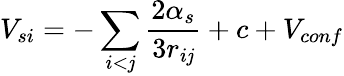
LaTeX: V_{si}=-\sum_{i<\mathit{j}}{\frac{{2\alpha_{s}}}{{3r_{i\mathit{j}}}}}+c+V_{conf}